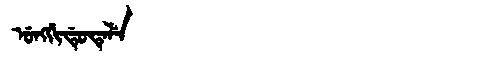
Manchu: ᡠᠩᡤᡳᡩᡠᡨᡝᠯᡝ
Romanization: UNGGIDUTELE